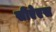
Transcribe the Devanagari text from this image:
सीऐएस